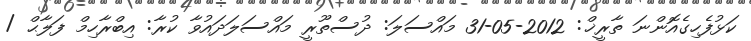
ކަޅުފެހިގެއޮންނަ ތާރީޚް: 2012-05-31 މައްސަލަ: ދުސްތޫރީ މައްސަލަދައުވާ ކުރާ: އިބްރާހިމް ފަލާޙް /